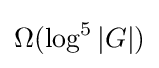
\Omega (\log ^{5}|G|)